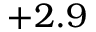
+ 2 . 9